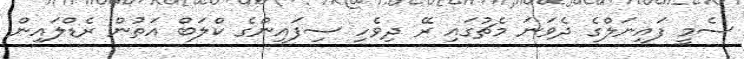
ސެމީ ފައިނަލްގެ ދެވަނަ މެޗުގައި ރޭ ދިވެހި ސިފައިންގެ ކްލަބް އަތުން ރެޑްލައިން